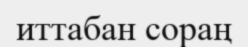
иттабан сораң